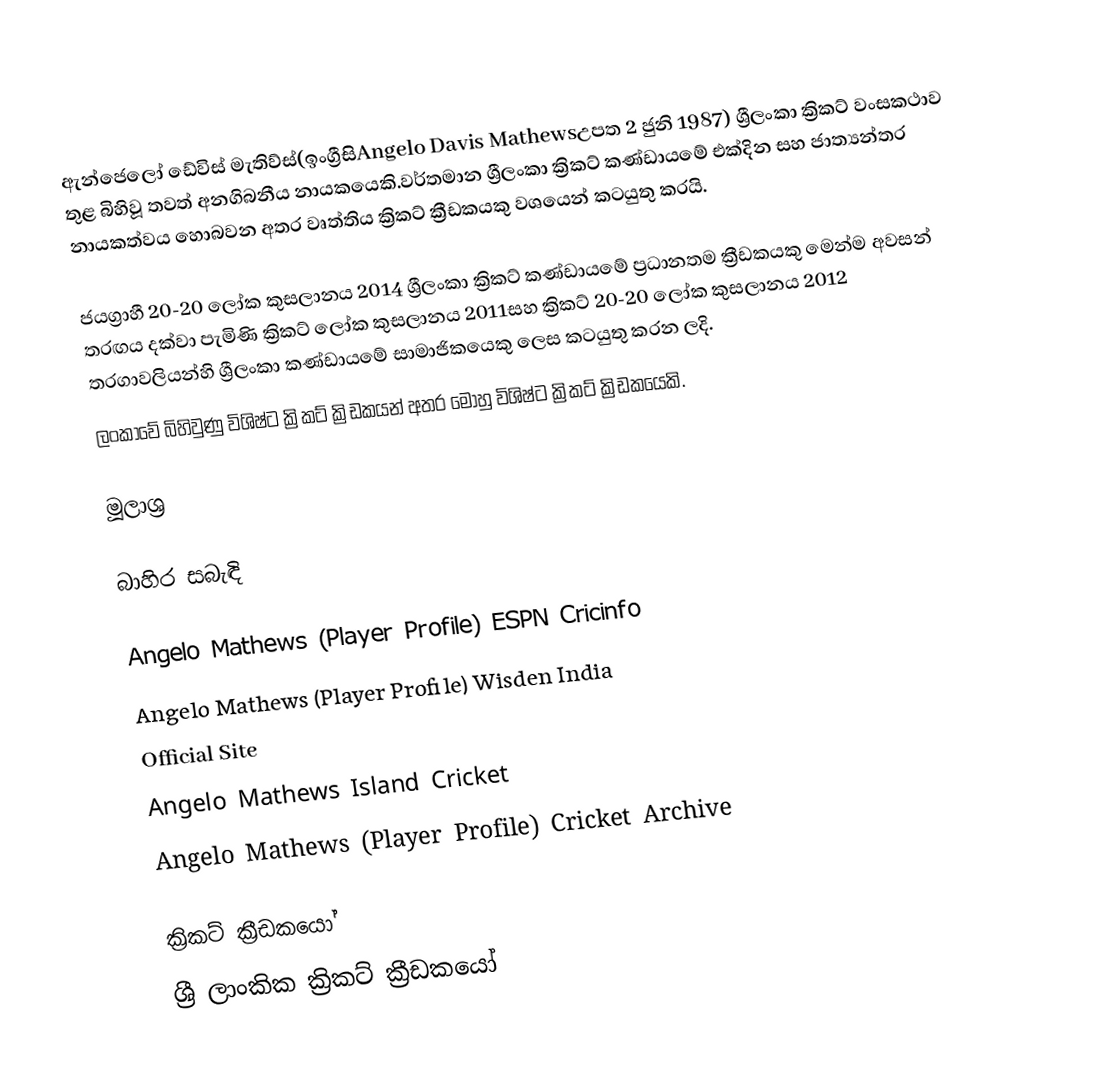
ඇන්ජෙලෝ ඩේවිස් මැතිව්ස්(ඉංග්‍රීසිAngelo Davis Mathewsඋපත 2 ජුනි 1987) ශ්‍රීලංකා ක්‍රිකට් වංසකථාව තුළ බිහිවූ තවත් අනගිබනීය නායකයෙකි.වර්තමාන ශ්‍රීලංකා ක්‍රිකට් කණ්ඩායමේ එක්දින සහ ජාත්‍යන්තර නායකත්වය හොබවන අතර වෘත්තිය ක්‍රිකට් ක්‍රීඩකයකු වශයෙන් කටයුතු කරයි.

ජයග්‍රාහී  20-20 ලෝක කුසලානය  2014   ශ්‍රීලංකා ක්‍රිකට් කණ්ඩායමේ ප්‍රධානතම ක්‍රීඩකයකු මෙන්ම අවසන් තරඟය දක්වා පැමිණි ක්‍රිකට් ලෝක කුසලානය 2011සහ  ක්‍රිකට් 20-20 ලෝක කුසලානය 2012 තරගාවලියන්හි ශ්‍රීලංකා කණ්ඩායමේ සාමාජිකයෙකු ලෙස කටයුතු කරන ලදි.
ලංකාවේ බිහිවුණු විශිෂ්ට ක්‍රිකට් ක්‍රිඩකයන් අතර මොහු විශිෂ්ට ක්‍රිකට් ක්‍රිඩකයෙකි.

මූලාශ්‍ර

බාහිර සබැඳි

 Angelo Mathews (Player Profile) ESPN Cricinfo
 Angelo Mathews (Player Profile) Wisden India
 Official Site
 Angelo Mathews Island Cricket
 Angelo Mathews (Player Profile)  Cricket Archive

ක්‍රිකට් ක්‍රීඩකයෝ
ශ්‍රී ලාංකික ක්‍රිකට් ක්‍රීඩකයෝ